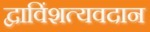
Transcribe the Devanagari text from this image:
द्वाविंशत्यवदान